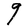
Character: g